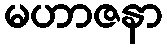
မဟာဇနာ